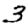
Digit: 3